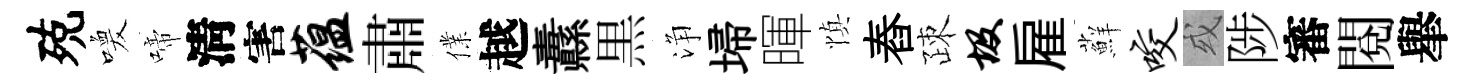
殑喚啼淸害蕴肅㒒越纛黒浄埽暉慎舂疎圾雇蘚咬或陟審閲𦦙